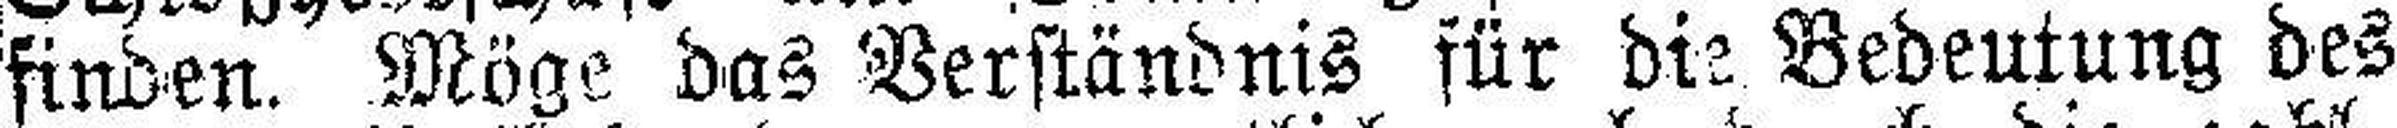
finden. Möge das Verständnis für die Bedeutung des